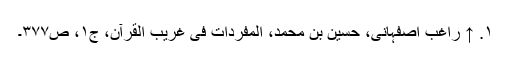
۱. ↑ راغب اصفہانی، حسین بن محمد، المفردات فی غریب القرآن، ج۱، ص۳۷۷۔